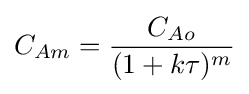
C_{Am}={\frac {C_{Ao}}{(1+k\tau )^{m}}}